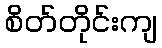
စိတ်တိုင်းကျ